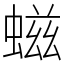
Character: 螆